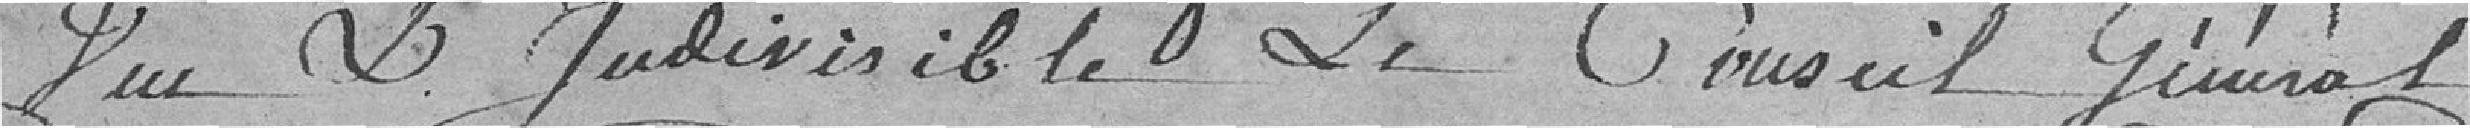
Vu L judivicible Le Conseil Général